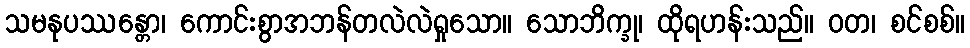
သမနုပဿန္တော၊ ကောင်းစွာအဘန်တလဲလဲရှုသော။ သောဘိက္ခု၊ ထိုရဟန်းသည်။ ဝတ၊ စင်စစ်။